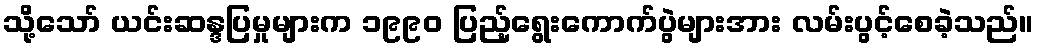
သို့သော် ယင်းဆန္ဒပြမှုများက ၁၉၉၀ ပြည့်ရွေးကောက်ပွဲများအား လမ်းပွင့်စေခဲ့သည်။